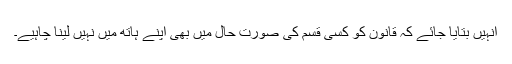
انہیں بتایا جائے کہ قانون کو کسی قسم کی صورت حال میں بھی اپنے ہاتھ میں نہیں لینا چاہیے۔